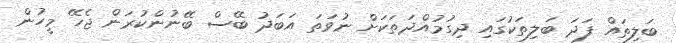
ބަލިތައް ފަދަ ބަލިތަކުގައި ދިގުމުއްދަތަކަށް ނުވަތަ އަބަދު ބޭސް ބޭނުންކުރަން ޖެހޭ މީހުން